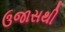
ઉજાસથી